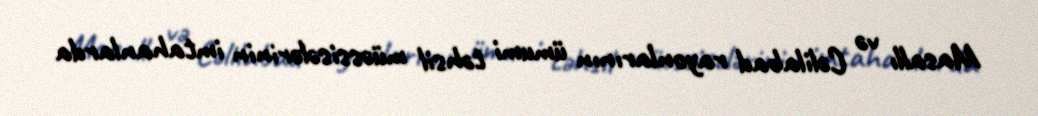
Masallı və Cəlilabad rayonlarının ümumi təhsil müəssisələrinin imtahanlarda